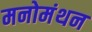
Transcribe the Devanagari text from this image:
मनोमंथन